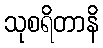
သုစရိတာနိ